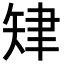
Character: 𦘗